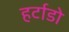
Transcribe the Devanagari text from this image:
हर्टाडो